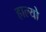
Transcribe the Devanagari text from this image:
हाल्‍यो